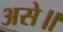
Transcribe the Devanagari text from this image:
असे॥